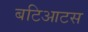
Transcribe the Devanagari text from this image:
बटिआटस